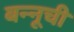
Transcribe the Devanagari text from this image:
बन्नूची